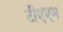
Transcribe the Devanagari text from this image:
टीएएम